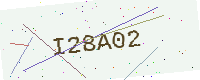
Text: I28A02